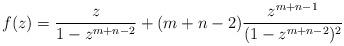
LaTeX: \begin{align*}f(z) =\frac{z}{1-z^{m+n-2}} + (m+n-2)\frac{z^{m+n-1}}{(1-z^{m+n-2})^2}\end{align*}